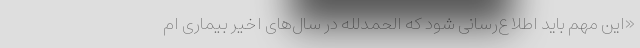
«این مهم باید اطلاع‌رسانی شود که الحمدلله در سال‌های اخیر بیماری ام